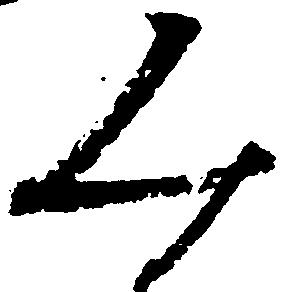
み